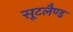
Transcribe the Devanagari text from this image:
सूटलैण्ड